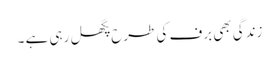
زندگی بھی برف کی طرح پگھل رہی ہے ۔